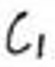
$C_1$